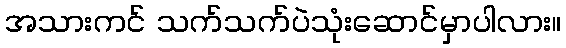
အသားကင် သက်သက်ပဲသုံးဆောင်မှာပါလား။